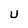
Character: U